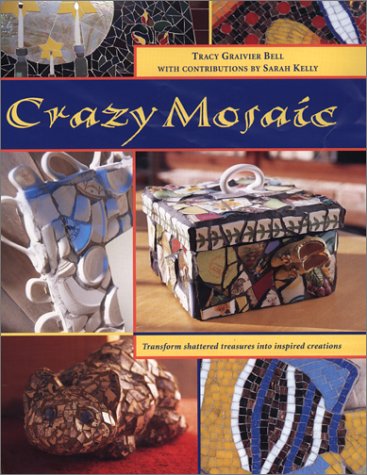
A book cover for Crazy Mosaic; Tracy Graivier Bell; Crafts, Hobbies & Home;